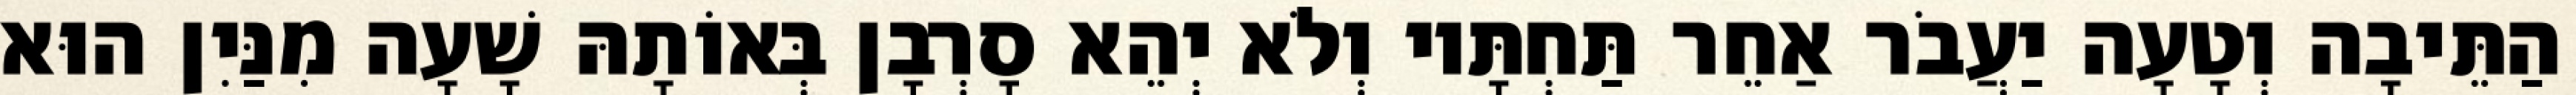
הַתֵּיבָה וְטָעָה יַעֲבֹר אַחֵר תַּחְתָּיו וְלֹא יְהֵא סָרְבָן בְּאוֹתָהּ שָׁעָה מִנַּיִן הוּא